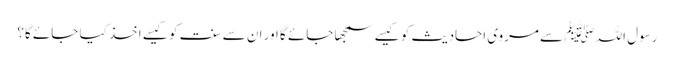
رسول اللہ ﷺ سے مروی احادیث کو کیسے سمجھا جائے گا اور ان سے سنت کو کیسے اخذ کیا جائے گا؟